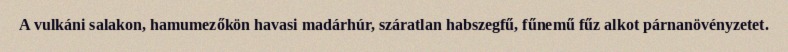
A vulkáni salakon, hamumezőkön havasi madárhúr, száratlan habszegfű, fűnemű fűz alkot párnanövényzetet.